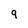
Character: 9